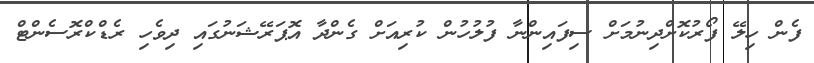
ފެން ހިލޭ ފޯރުކޮށްދިނުމަށް ސިފައިންނާ ފުލުހުން ކުރިއަށް ގެންދާ އޮޕަރޭޝަނުގައި ދިވެހި ރެޑްކްރޮސެންޓް